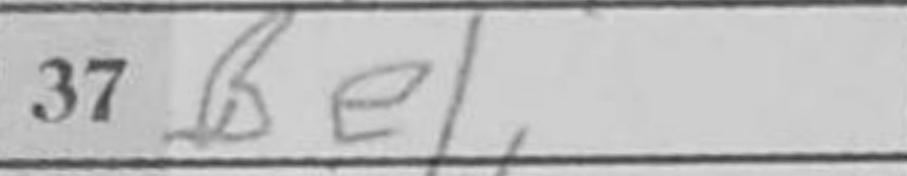
Transcription: Be1